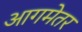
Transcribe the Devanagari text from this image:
आगमेतर